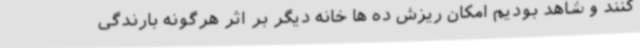
کنند و شاهد بودیم امکان ریزش ده ها خانه دیگر بر اثر هرگونه بارندگی